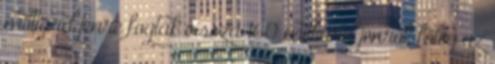
milliárd jenre fogták vissza 160 milliárd jenről, főleg az